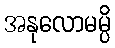
အနုလောမမ္ပိ